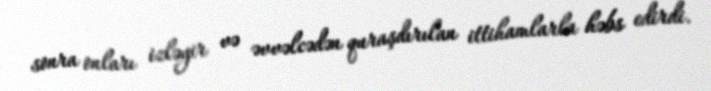
sonra onları izləyir və əvvəlcədən quraşdırılan ittihamlarla həbs edirdi.